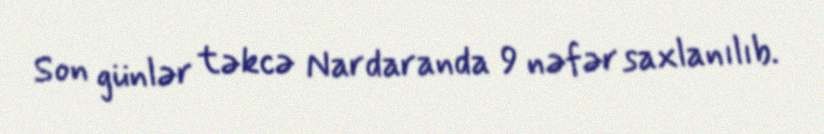
Son günlər təkcə Nardaranda 9 nəfər saxlanılıb.